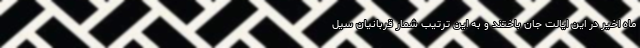
ماه اخیر در این ایالت جان باختند و به این ترتیب شمار قربانیان سیل